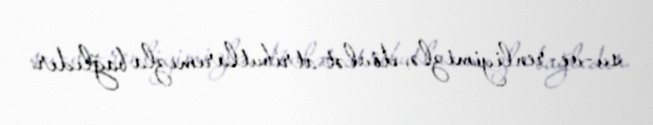
su­ve­renliyimizlə, dövlət atributlarımızla bağlıdır.